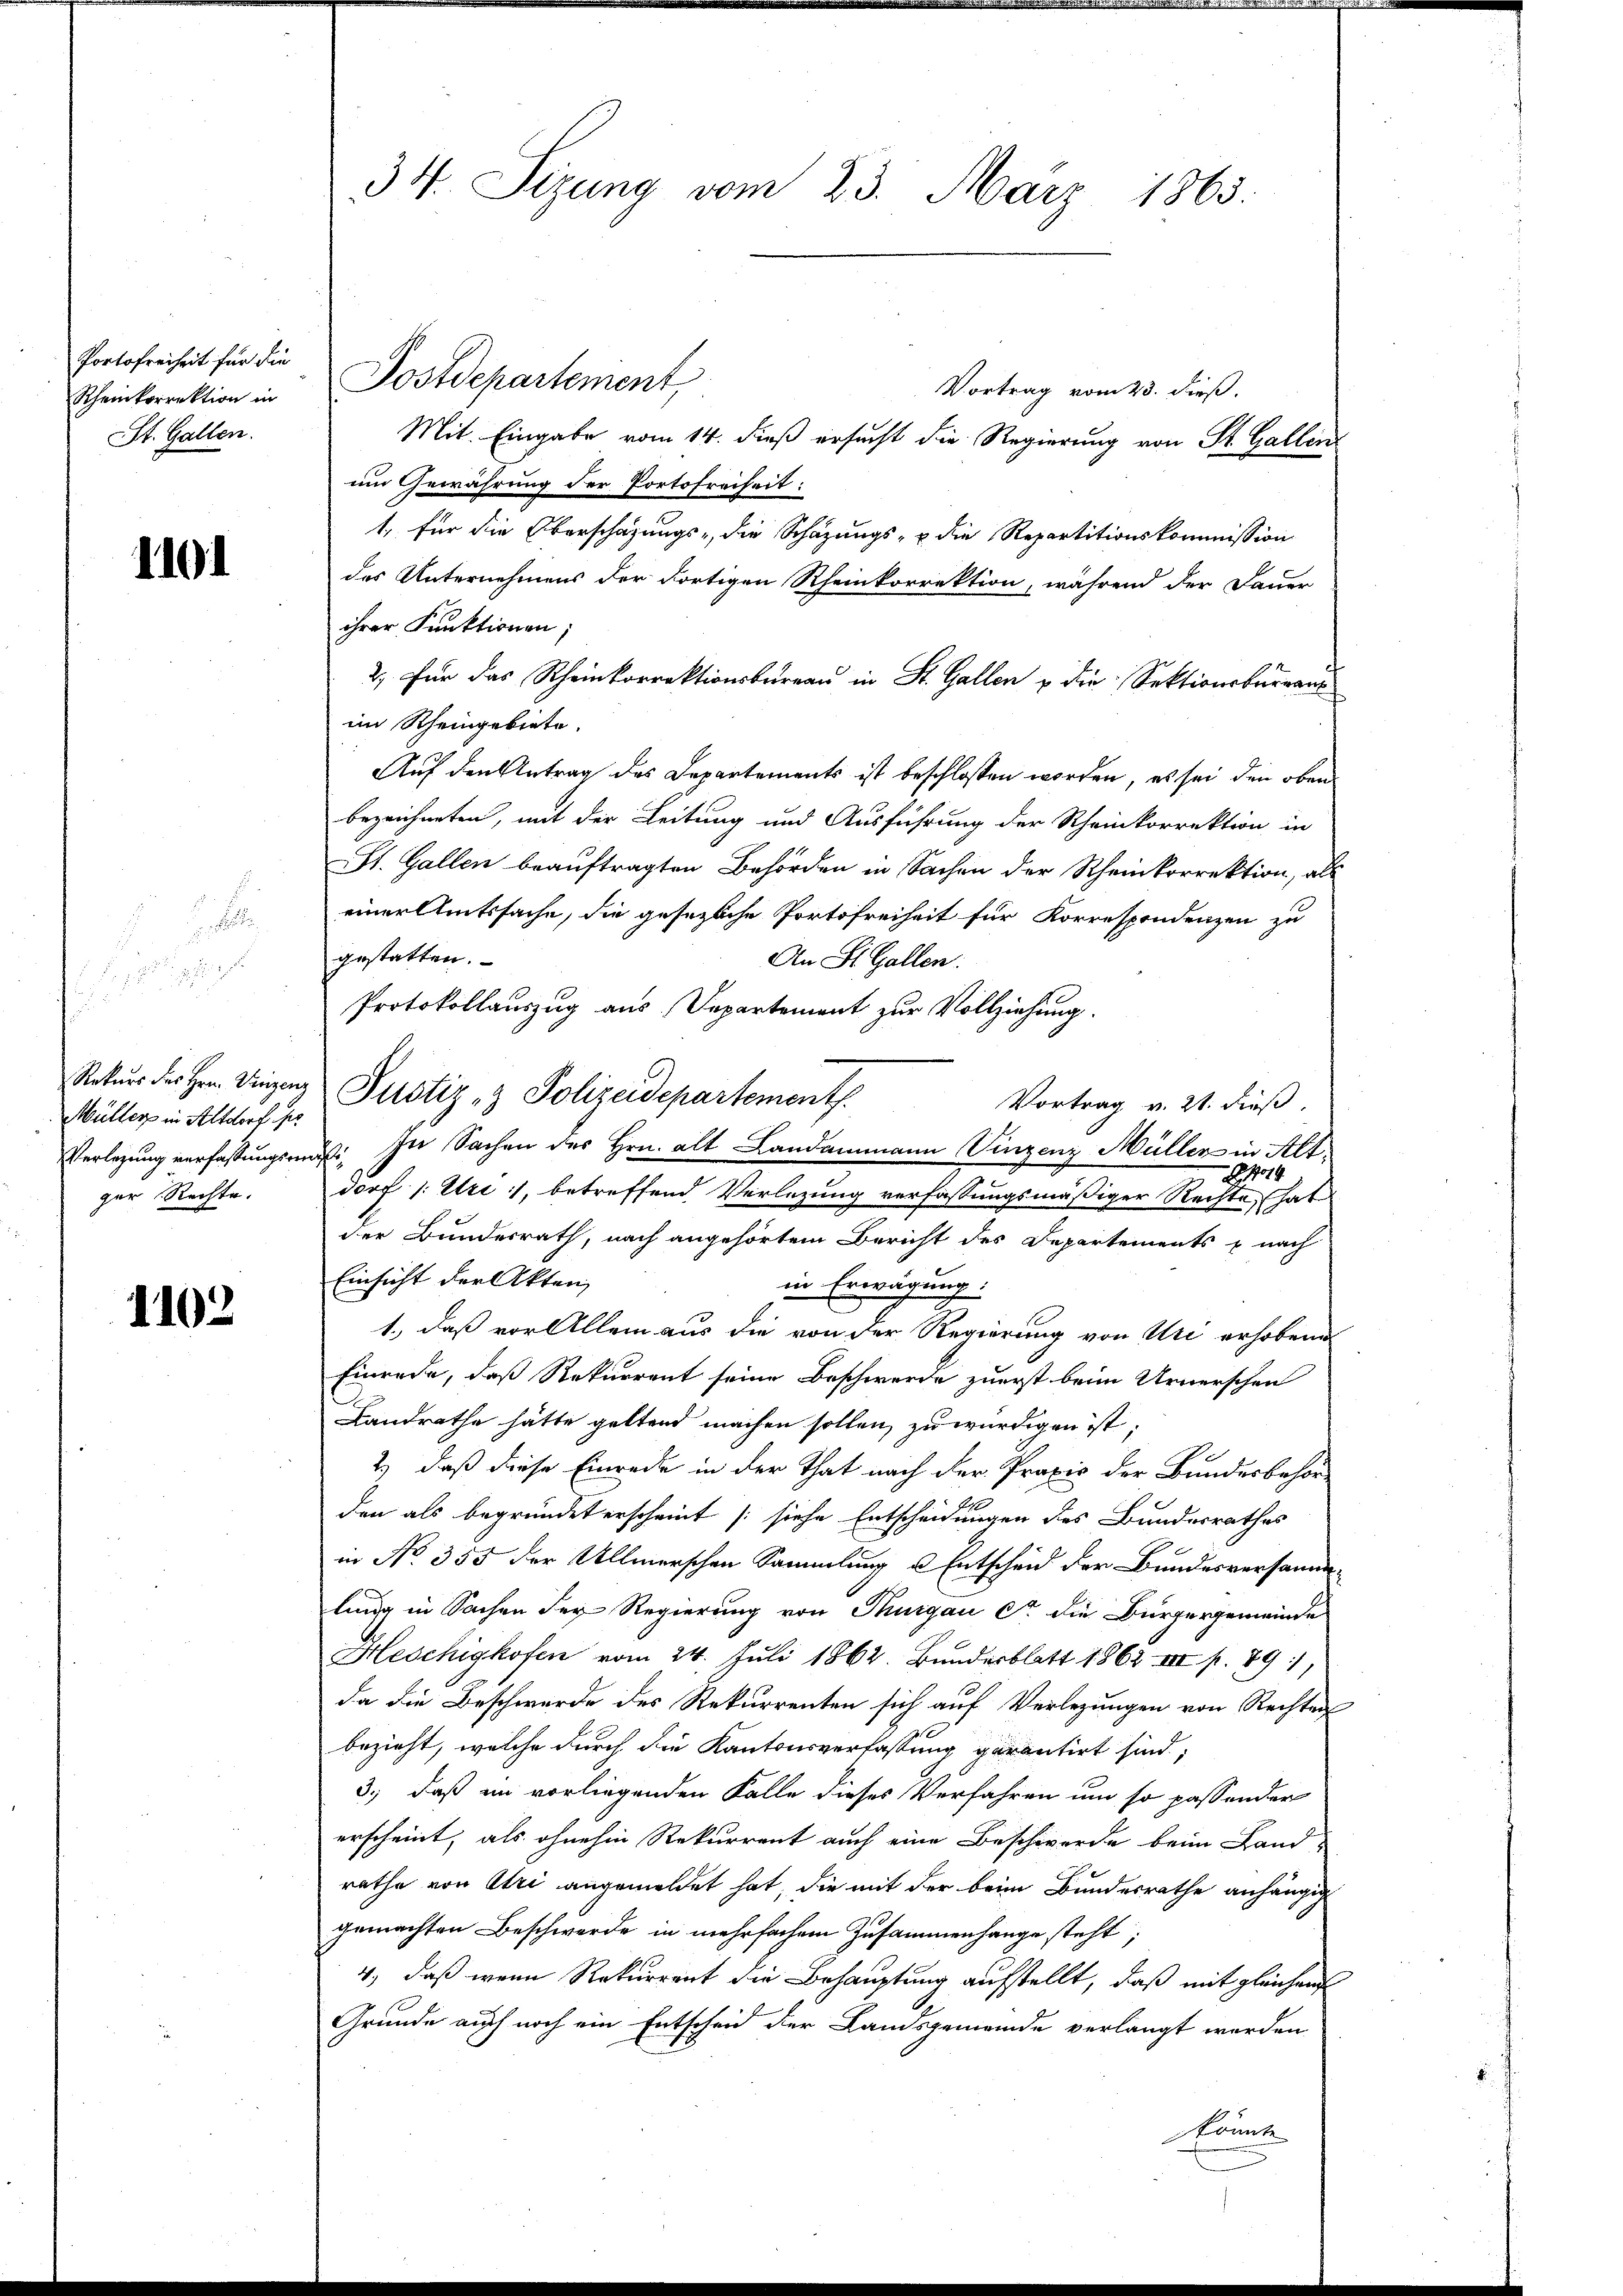
Portofreiheit für die
Rheinkorrektion in
St. Gallen.

1101

.

Müller in Altdorf per
ger Rechte.

1102

34. Sizung vom 23. März 1863.

Postdepartement
Vortrag vom 23. dieß.
Mit Eingabe vom 14. dieß ersucht die Regierung von St. Gallen
um Gewährung der Portofreiheit:
1, für die Oberschafungs-, die Schazungs- & die Repartitionskommission
des Unternehmens der dortigen Rheinkorrektion, während der Dauer
ihrer Funktionen;
2) Für das Rheinkorrektionsbureau in St. Gallen u die Sektionsbürgerim Rheingebiete.
Auf den Antrag des Departements ist beschlossen worden, es sei den oben
bezeichneten, mit der Leitung und Ausführung der Rheinkorrektion in
St. Gallen beauftragten Behörden in Sachen der Rheinkorrektion, als
einer Amtssache, die gesezliche Portofreiheit für Korrespondenzen zu
gestatten.
An St. Gallen.
Protokollauszug aus Departement zur Vollziehung.
Rekŭrs des Hrn. Vinzenz Pustiz & Polizeidepartementh
Vortrag v. 21. dieß.
Verlegung verfassungsrat. In Sachen des Hrn. alt Landammann Vinzenz Müller in Alt

dorf (: Uri, betreffend Verlegung verfassungsmäßiger Rechte, hat
der Bundesrath, nach angehörtem Bericht des Departements & nach
Einsicht der Akten,
in Erwägung.
1.), daß vor Allem aus die von der Regierung von Uri erhobend
Einrede, daß Rekurrent seine Beschwerde zuerst beim Urnerschen
Landrathe hätte geltend machen sollen, zu würdigen ist;
2) daß diese Einrede in der That nach der Praxis der Bundesbehörden als begründet erscheint (siehe Entscheidungen des Bundesrathes
in No. 355 der Ullmerschen Sammlung & Entscheid der Bundesversamm-
lung in Sachen der Regierung von Thurgau er die Bürgergemeinde
Heschigkofen vom 24. Juli 1862. Bundesblatt 1862 III p. 891
da die Beschwerde des Rekurrenten sich auf Verlegungen von Rechten
bezieht, welche durch die Kantonsverfassung garantirt sind;
3., daß im vorliegenden Falle dieses Verfahren um so passonder
erscheint, als ohnehin Rekurrent auch eine Beschwerde beim Landrathe von Atri angemeldet hat, die mit der beim Bundesrathe anhängig
gemachten Beschwerde in mehrfachem Zusammenhange steht;
4., daß wenn Rekurrent die Behauptung aufstellt, daß mit gleichen
Grunde auch noch ein Entscheid der Landsgemeinde verlangt werden
könnte